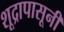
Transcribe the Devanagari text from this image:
शूद्रापासूनी